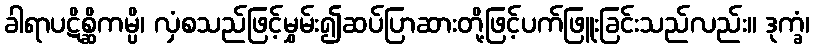
ခါရာပဋိစ္ဆိကမ္ပိ၊ လှံစသည်ဖြင့်မွှမ်း၍ဆပ်ပြာဆားတို့ဖြင့်ပက်ဖြူးခြင်းသည်လည်း။ ဒုက္ခံ၊